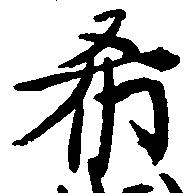
希